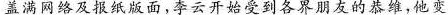
盖满网络及报纸版面，李云开始受到各界朋友的恭维，他变